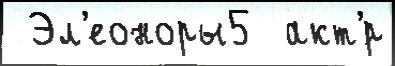
 Эл'еоноры5  акт'́р